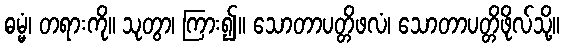
ဓမ္မံ၊ တရားကို။ သုတွာ၊ ကြား၍။ သောတာပတ္တိဖလံ၊ သောတာပတ္တိဖိုလ်သို့။